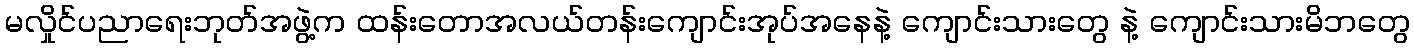
မလှိုင်ပညာရေးဘုတ်အဖွဲ့က ထန်းတောအလယ်တန်းကျောင်းအုပ်အနေနဲ့ ကျောင်းသားတွေ နဲ့ ကျောင်းသားမိဘတွေ